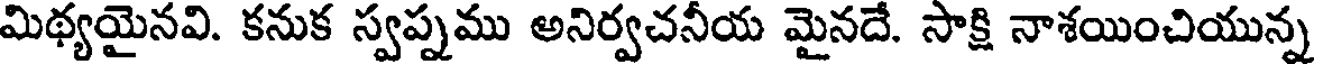
మిథ్యయైనవి. కనుక స్వప్నము అనిర్వచనీయ మైనదే. సాక్షి నాశయించియున్న